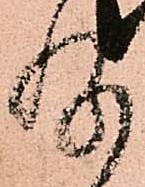
存